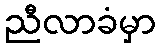
ညီလာခံမှာ